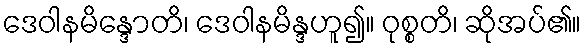
ဒေဝါနမိန္ဒောတိ၊ ဒေဝါနမိန္ဒဟူ၍။ ဝုစ္စတိ၊ ဆိုအပ်၏။